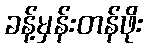
ခန့်မှန်းတန်ဖိုး